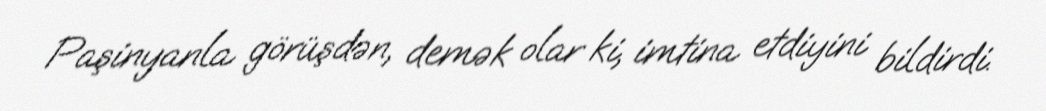
Paşinyanla görüşdən, demək olar ki, imtina etdiyini bildirdi.